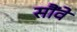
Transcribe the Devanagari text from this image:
सौंवे